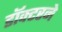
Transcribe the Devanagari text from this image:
डॉक्‍टरने